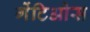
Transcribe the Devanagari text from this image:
गेंटिओस